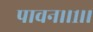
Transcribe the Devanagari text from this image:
पावन।।१।।